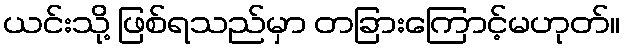
ယင်းသို့ ဖြစ်ရသည်မှာ တခြားကြောင့်မဟုတ်။